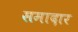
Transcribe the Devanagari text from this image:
समादार